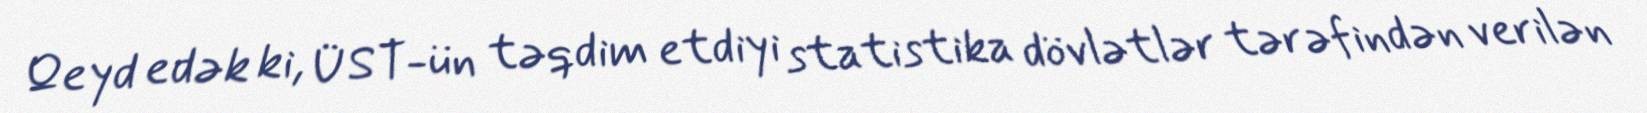
Qeyd edək ki, ÜST-ün təqdim etdiyi statistika dövlətlər tərəfindən verilən